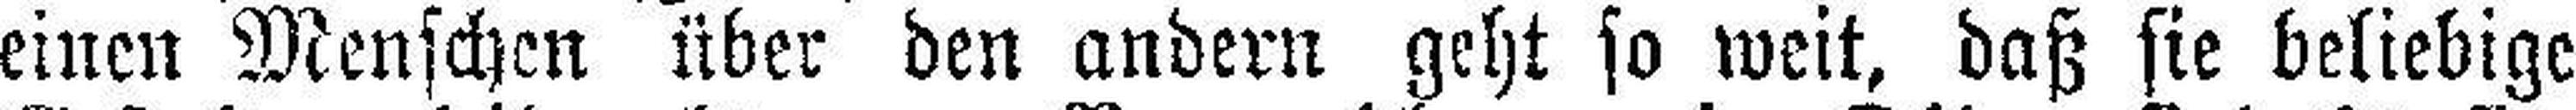
einen Menschen über den andern geht so weit, daß sie beliebige